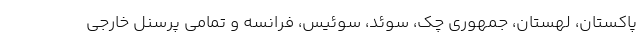
پاکستان، لهستان، جمهوری چک، سوئد، سوئیس، فرانسه و تمامی پرسنل خارجی